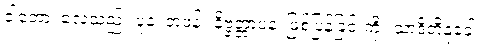
ဝါတော၊ လေသည်။ ပုန၊ တဖန်။ နိဗ္ဗတ္တာပနံ၊ ဖြစ်ပြန်ခြင်းကို။ သာဒိတိနုခေါ၊